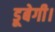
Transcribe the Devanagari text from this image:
डूबेगी।